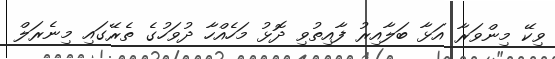
ވިކޭ މިންވަރާ އަޅާ ބަލާއިރު ފާއިތުވި ދޮޅު މަހެއްހާ ދުވަހުގެ ތެރޭގައި މިނެރަލް